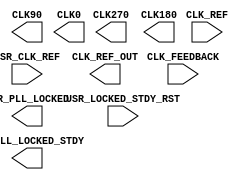
/*
 *  yosys -- Yosys Open SYnthesis Suite
 *
 *  Copyright (C) 2021  Cologne Chip AG <support@colognechip.com>
 *
 *  Permission to use, copy, modify, and/or distribute this software for any
 *  purpose with or without fee is hereby granted, provided that the above
 *  copyright notice and this permission notice appear in all copies.
 *
 *  THE SOFTWARE IS PROVIDED "AS IS" AND THE AUTHOR DISCLAIMS ALL WARRANTIES
 *  WITH REGARD TO THIS SOFTWARE INCLUDING ALL IMPLIED WARRANTIES OF
 *  MERCHANTABILITY AND FITNESS. IN NO EVENT SHALL THE AUTHOR BE LIABLE FOR
 *  ANY SPECIAL, DIRECT, INDIRECT, OR CONSEQUENTIAL DAMAGES OR ANY DAMAGES
 *  WHATSOEVER RESULTING FROM LOSS OF USE, DATA OR PROFITS, WHETHER IN AN
 *  ACTION OF CONTRACT, NEGLIGENCE OR OTHER TORTIOUS ACTION, ARISING OUT OF
 *  OR IN CONNECTION WITH THE USE OR PERFORMANCE OF THIS SOFTWARE.
 *
 */

(* blackbox *)
module CC_PLL #(
	parameter REF_CLK = "", // e.g. "10.0"
	parameter OUT_CLK = "", // e.g. "50.0"
	parameter PERF_MD = "", // LOWPOWER, ECONOMY, SPEED
	parameter LOCK_REQ = 1,
	parameter CLK270_DOUB = 0,
	parameter CLK180_DOUB = 0,
	parameter LOW_JITTER = 1,
	parameter CI_FILTER_CONST = 2,
	parameter CP_FILTER_CONST = 4
)(
	input  CLK_REF, CLK_FEEDBACK, USR_CLK_REF,
	input  USR_LOCKED_STDY_RST,
	output USR_PLL_LOCKED_STDY, USR_PLL_LOCKED,
	output CLK270, CLK180, CLK90, CLK0, CLK_REF_OUT
);
endmodule

(* blackbox *)
module CC_PLL_ADV #(
	parameter [95:0] PLL_CFG_A = 96'bx,
	parameter [95:0] PLL_CFG_B = 96'bx
)(
	input  CLK_REF, CLK_FEEDBACK, USR_CLK_REF,
	input  USR_LOCKED_STDY_RST, USR_SEL_A_B,
	output USR_PLL_LOCKED_STDY, USR_PLL_LOCKED,
	output CLK270, CLK180, CLK90, CLK0, CLK_REF_OUT
);
endmodule

(* blackbox *) (* keep *)
module CC_SERDES #(
	parameter SERDES_CFG = ""
)(
	input [63:0] TX_DATA_I,
	input TX_RESET_I,
	input TX_PCS_RESET_I,
	input TX_PMA_RESET_I,
	input PLL_RESET_I,
	input TX_POWERDOWN_N_I,
	input TX_POLARITY_I,
	input [2:0] TX_PRBS_SEL_I,
	input TX_PRBS_FORCE_ERR_I,
	input TX_8B10B_EN_I,
	input [7:0] TX_8B10B_BYPASS_I,
	input [7:0] TX_CHAR_IS_K_I,
	input [7:0] TX_CHAR_DISPMODE_I,
	input [7:0] TX_CHAR_DISPVAL_I,
	input TX_ELEC_IDLE_I,
	input TX_DETECT_RX_I,
	input [2:0] LOOPBACK_I,
	input CLK_CORE_TX_I,
	input CLK_CORE_RX_I,
	input RX_RESET_I,
	input RX_PMA_RESET_I,
	input RX_EQA_RESET_I,
	input RX_CDR_RESET_I,
	input RX_PCS_RESET_I,
	input RX_BUF_RESET_I,
	input RX_POWERDOWN_N_I,
	input RX_POLARITY_I,
	input [2:0] RX_PRBS_SEL_I,
	input RX_PRBS_CNT_RESET_I,
	input RX_8B10B_EN_I,
	input [7:0] RX_8B10B_BYPASS_I,
	input RX_EN_EI_DETECTOR_I,
	input RX_COMMA_DETECT_EN_I,
	input RX_SLIDE_I,
	input RX_MCOMMA_ALIGN_I,
	input RX_PCOMMA_ALIGN_I,
	input CLK_REG_I,
	input REGFILE_WE_I,
	input REGFILE_EN_I,
	input [7:0] REGFILE_ADDR_I,
	input [15:0] REGFILE_DI_I,
	input [15:0] REGFILE_MASK_I,
	output [63:0] RX_DATA_O,
	output [7:0] RX_NOT_IN_TABLE_O,
	output [7:0] RX_CHAR_IS_COMMA_O,
	output [7:0] RX_CHAR_IS_K_O,
	output [7:0] RX_DISP_ERR_O,
	output RX_DETECT_DONE_O,
	output RX_PRESENT_O,
	output TX_BUF_ERR_O,
	output TX_RESETDONE_O,
	output RX_PRBS_ERR_O,
	output RX_BUF_ERR_O,
	output RX_BYTE_IS_ALIGNED_O,
	output RX_BYTE_REALIGN_O,
	output RX_RESETDONE_O,
	output RX_EI_EN_O,
	output CLK_CORE_RX_O,
	output CLK_CORE_PLL_O,
	output [15:0] REGFILE_DO_O,
	output REGFILE_RDY_O
);
endmodule

(* blackbox *) (* keep *)
module CC_CFG_CTRL(
	input [7:0] DATA,
	input CLK,
	input EN,
	input RECFG,
	input VALID
);
endmodule

(* blackbox *) (* keep *)
module CC_USR_RSTN (
	output USR_RSTN
);
endmodule